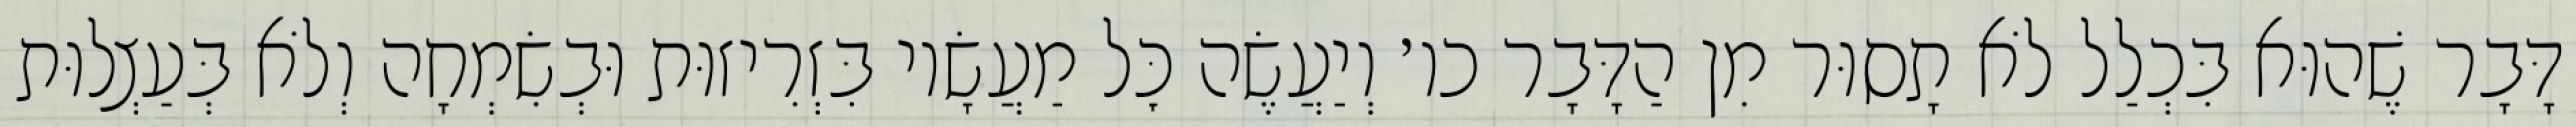
דָּבָר שֶׁהוּא בִּכְלַל לֹא תָסוּר מִן הַדָּבָר כו׳ וְיַעֲשֶׂה כׇּל מַעֲשָׂיו בִּזְרִיזוּת וּבְשִׂמְחָה וְלֹא בְּעַצְלוּת